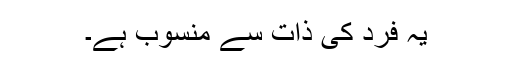
یہ فرد کی ذات سے منسوب ہے۔